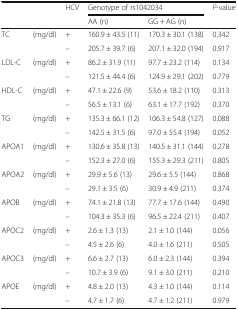
<table><thead><tr><td rowspan="2"></td><td rowspan="2"></td><td rowspan="2"><b>HCV</b></td><td colspan="2"><b>Genotype of rs1042034</b></td><td rowspan="2"><b><i>P</i>-value</b></td></tr><tr><td><b>AA (n)</b></td><td><b>GG + AG (n)</b></td></tr></thead><tbody><tr><td rowspan="2">TC</td><td rowspan="2">(mg/dl)</td><td>+</td><td>160.9 ± 43.5 (11)</td><td>170.3 ± 30.1 (138)</td><td>0.342</td></tr><tr><td>–</td><td>205.7 ± 39.7 (6)</td><td>207.1 ± 32.0 (194)</td><td>0.917</td></tr><tr><td rowspan="2">LDL-C</td><td rowspan="2">(mg/dl)</td><td>+</td><td>86.2 ± 31.9 (11)</td><td>97.7 ± 23.2 (114)</td><td>0.134</td></tr><tr><td>–</td><td>121.5 ± 44.4 (6)</td><td>124.9 ± 29.1 (202)</td><td>0.779</td></tr><tr><td rowspan="2">HDL-C</td><td rowspan="2">(mg/dl)</td><td>+</td><td>47.1 ± 22.6 (9)</td><td>53.6 ± 18.2 (110)</td><td>0.313</td></tr><tr><td>–</td><td>56.5 ± 13.1 (6)</td><td>63.1 ± 17.7 (192)</td><td>0.370</td></tr><tr><td rowspan="2">TG</td><td rowspan="2">(mg/dl)</td><td>+</td><td>135.3 ± 66.1 (12)</td><td>106.3 ± 54.8 (127)</td><td>0.088</td></tr><tr><td>–</td><td>142.5 ± 31.5 (6)</td><td>97.0 ± 55.4 (194)</td><td>0.052</td></tr><tr><td rowspan="2">APOA1</td><td rowspan="2">(mg/dl)</td><td>+</td><td>130.6 ± 35.8 (13)</td><td>140.5 ± 31.1 (144)</td><td>0.278</td></tr><tr><td>–</td><td>152.3 ± 27.0 (6)</td><td>155.3 ± 29.3 (211)</td><td>0.805</td></tr><tr><td rowspan="2">APOA2</td><td rowspan="2">(mg/dl)</td><td>+</td><td>29.9 ± 5.6 (13)</td><td>29.6 ± 5.5 (144)</td><td>0.868</td></tr><tr><td>–</td><td>29.1 ± 3.5 (6)</td><td>30.9 ± 4.9 (211)</td><td>0.374</td></tr><tr><td rowspan="2">APOB</td><td rowspan="2">(mg/dl)</td><td>+</td><td>74.1 ± 21.8 (13)</td><td>77.7 ± 17.6 (144)</td><td>0.490</td></tr><tr><td>–</td><td>104.3 ± 35.3 (6)</td><td>96.5 ± 22.4 (211)</td><td>0.407</td></tr><tr><td rowspan="2">APOC2</td><td rowspan="2">(mg/dl)</td><td>+</td><td>2.6 ± 1.3 (13)</td><td>2.1 ± 1.0 (144)</td><td>0.056</td></tr><tr><td>–</td><td>4.5 ± 2.6 (6)</td><td>4.0 ± 1.6 (211)</td><td>0.505</td></tr><tr><td rowspan="2">APOC3</td><td rowspan="2">(mg/dl)</td><td>+</td><td>6.6 ± 2.7 (13)</td><td>6.0 ± 2.3 (144)</td><td>0.394</td></tr><tr><td>–</td><td>10.7 ± 3.9 (6)</td><td>9.1 ± 3.0 (211)</td><td>0.210</td></tr><tr><td rowspan="2">APOE</td><td rowspan="2">(mg/dl)</td><td>+</td><td>4.8 ± 2.0 (13)</td><td>4.3 ± 1.0 (144)</td><td>0.114</td></tr><tr><td>–</td><td>4.7 ± 1.7 (6)</td><td>4.7 ± 1.2 (211)</td><td>0.979</td></tr></tbody></table>